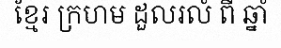
ខ្មែរ ក្រហម ដួលរលំ ពី ឆ្នាំ